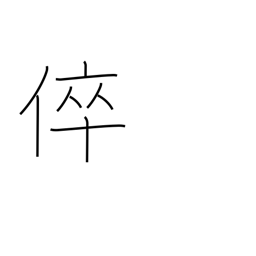
Meaning: my son